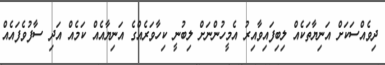
ދިވެއްސަކަށް އަނިޔާތަކެއް ލިބިފައިވާއިރު އެމީހުންނަށް ލިބުނީ ކިހާވަރެއްގެ އަނިޔާއެއް ކަމެއް އަދި ސާފުވެފައެއް